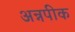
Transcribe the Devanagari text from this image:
अन्नपीक